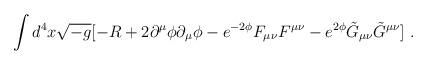
LaTeX: \begin{align*}\int{d^4 x \sqrt{-g} [ -R +2 \partial ^{\mu} \phi \partial _{\mu} \phi -e^{-2\phi} F_{\mu \nu} F^{\mu \nu} - e^{2\phi} \tilde{G}_{\mu \nu}\tilde{G}^{\mu \nu} ]} \ .\end{align*}